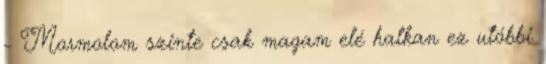
- Mormolom szinte csak magam elé halkan ez utóbbi